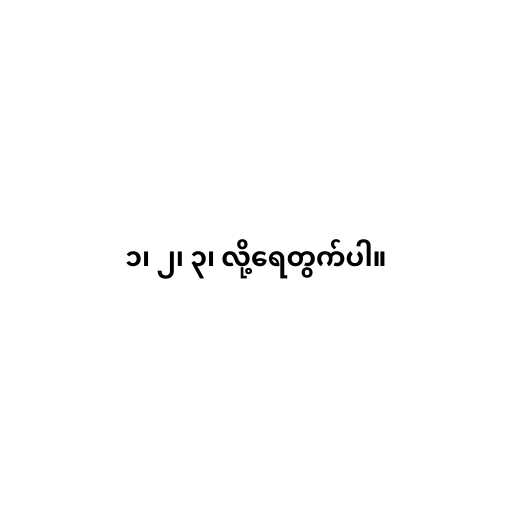
၁၊ ၂၊ ၃၊ လို့ရေတွက်ပါ။